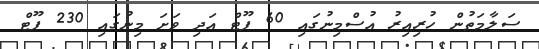
ސަލާމަތުން ހުރިއިރު އުސްމިނުގައި 60 ފޫޓް އަދި ވަށަ މިނުގައި 230 ފޫޓް